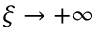
\xi \rightarrow + \infty